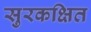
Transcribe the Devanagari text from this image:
सुरकक्षित